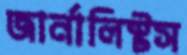
জার্নালিস্টস